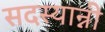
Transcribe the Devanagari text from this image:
सदस्यान्नी